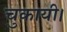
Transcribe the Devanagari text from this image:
चुकायी।